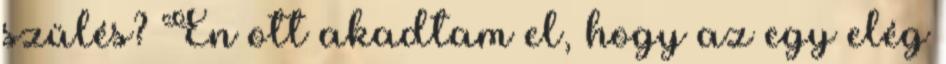
szülés? Én ott akadtam el, hogy az egy elég